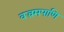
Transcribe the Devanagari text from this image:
वज्रमपाणि